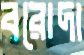
বরোদা